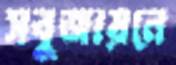
সবুজায়নে